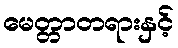
မေတ္တာတရားနှင့်